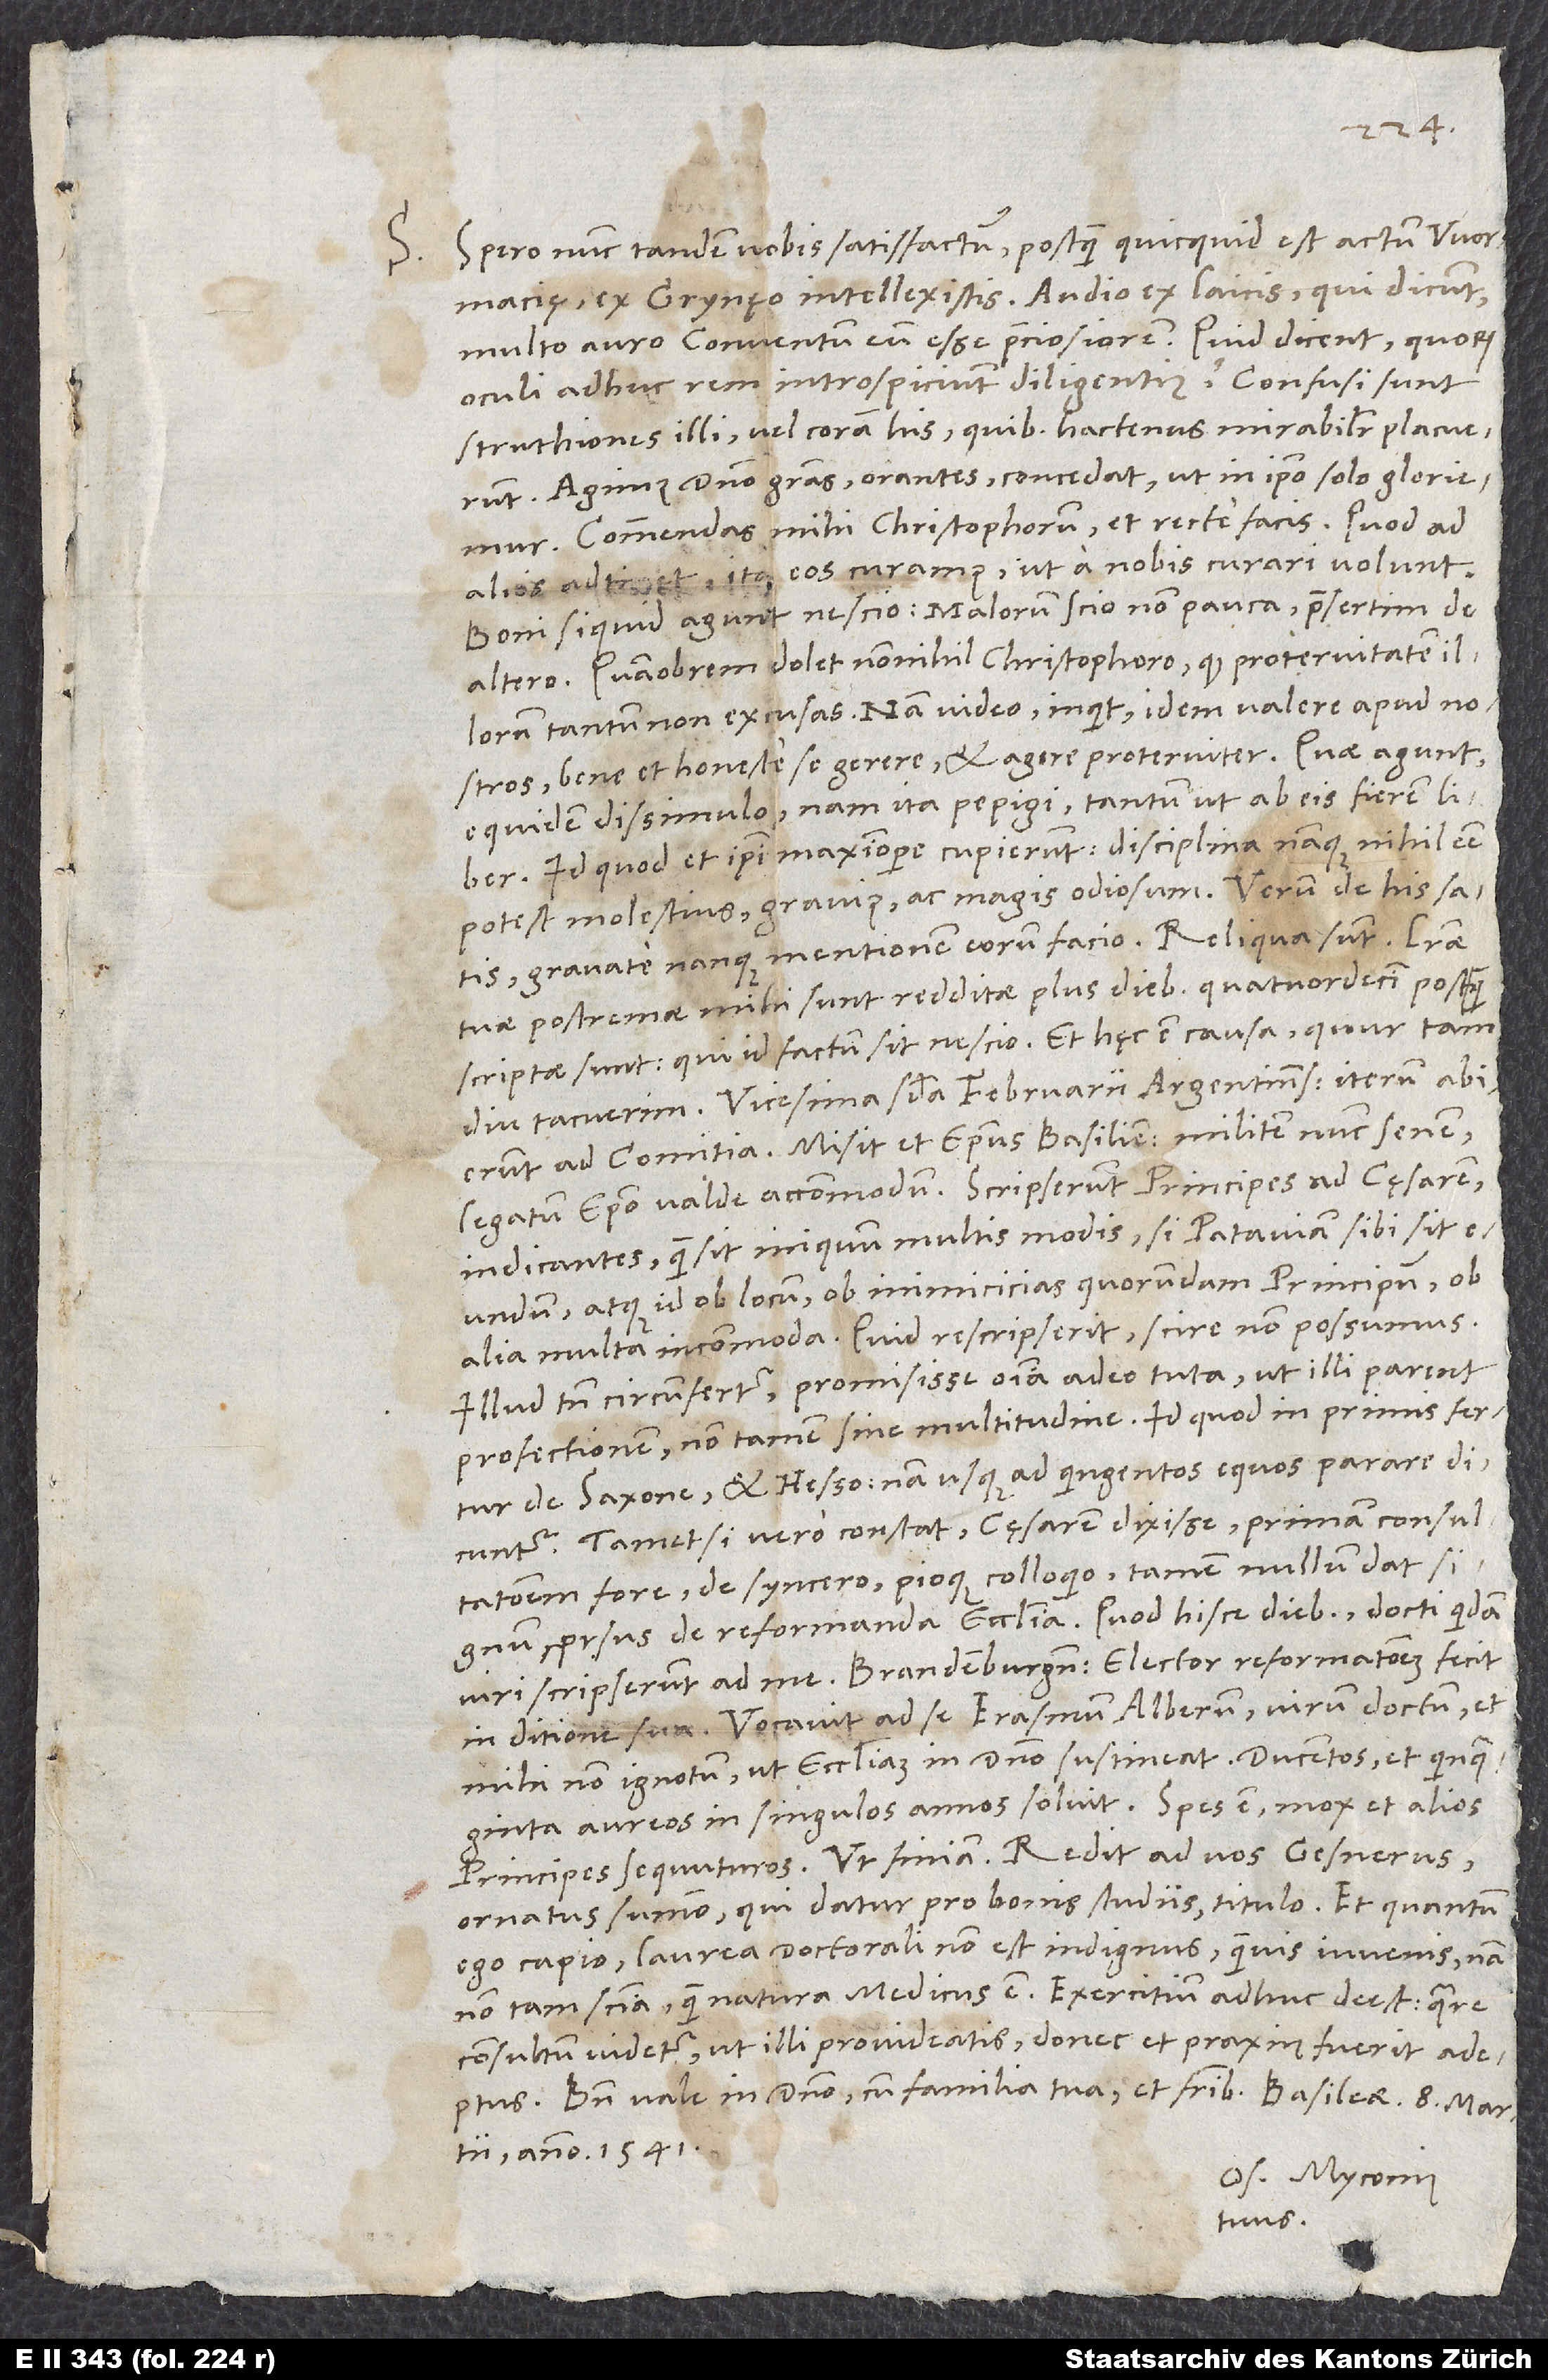
S.

Spero nunc tandem vobis satisfactum, postquam, quicquid est actum Wormacię,
ex Grynęo intellexistis. Audio ex laicis, qui dicunt
multo auro conventum eum esse preciosiorem. Quid dicent, quorum
oculi adhuc rem introspiciunt diligentius? Confusi sunt
struthiones illi vel coram his, quibus hactenus mirabiliter placuerunt.
Agimus domino gratias orantes, concedat, ut in ipso solo gloriemur.
Commendas mihi Christophorum et recte facis. Quod ad
alios adtinet, ita eos curamus, ut a nobis curari volunt.
Boni si quid agunt, nescio, malorum scio non pauca, praesertim de
altero. Quamobrem dolet nonnihil Christophoro, quod protervitatem illorum
tantum non excusas; „nam video“, inquit, „idem valere apud nostros
bene et honeste se gerere et agere proterviter.“ Quae agunt,
equidem dissimulo; nam ita pepigi, tantum ut ab eis fierem liber.
Id quod et ipsi maximopere cupierunt; disciplina nanque nihil esse
potest molestius, gravius et magis odiosum. Verum de his satis;
tuae postremae mihi sunt redditae plus diebus quatuordecim, postquam
scriptae sunt; qui id factum sit, nescio. Et hęc est causa, quur tam
Vicesima secunda februarii Argentinenses iterum abierunt
ad comitia. Misit et episcopus Basiliensis militem nunc senem
legatum episcopo valde accommodum. Scripserunt principes ad cęsarem
indicantes, quam sit iniquum multis modis, si Pataviam sibi sit
eundum, atque id ob locum, ob inimicicias quorundam principum, ob
alia multa incommoda. Quid rescripserit, scire non possumus.
Illud tamen circumfertur promisisse omnia adeo tuta, ut illi parent
profectionem, non tamen sine multitudine. Id quod in primis fertur
de Saxone et Hesso, nam usque ad quingentos equos parare dicuntur.
Tametsi vero constat cęsarem dixisse primam consultationem
fore de syncero pioque colloquio, tamen nullum dat signum
prorsus de reformanda ecclesia. Quod hisce diebus docti quidam
in ditione sua. Vocavit ad se Erasmum Alberum, virum doctum et
mihi non ignotum, ut ecclesiam in domino sustineat. Ducentos et quinquaginta
principes sequuturos. Ut finiam: Redit ad vos Gesnerus
ornatus summo, qui datur pro bonis studiis, titulo. Et quantum
ego capio, laurea doctorali non est indignus, quamvis iuvenis; nam
non tam scientia quam natura medicus est. Exercitium adhuc deest, quare
consultum videtur, ut ei provideatis, donec et praxin fuerit adeptus.
Bene vale in domino cum familia tua et fratribus. Basileae, 8. martii
anno 1541.
Os. Myconius
tuus.